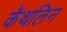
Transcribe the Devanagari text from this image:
कॅथलिन